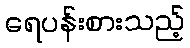
ရေပန်းစားသည့်